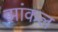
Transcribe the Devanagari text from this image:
झांकल